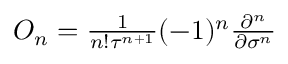
\begin{array} { r } { O _ { n } = \frac { 1 } { n ! \tau ^ { n + 1 } } ( - 1 ) ^ { n } \frac { \partial ^ { n } } { \partial \sigma ^ { n } } } \end{array}